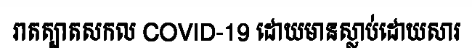
រាតត្បាតសកល COVID-19 ដោយមានស្លាប់ដោយសារ